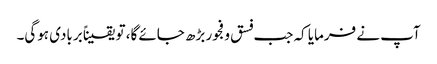
آپ نے فرمایا کہ جب فسق و فجور بڑھ جائے گا، تو یقیناً بربادی ہوگی۔